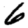
Digit: 6